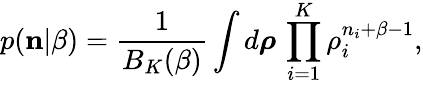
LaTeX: p({\mathbf n}|\beta)=\frac{1}{B_{K}(\beta)}\int d\boldsymbol{\rho}\, \prod_{i=1}^{K}\rho_{i}^{n_{i}+\beta-1},